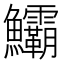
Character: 𩽷